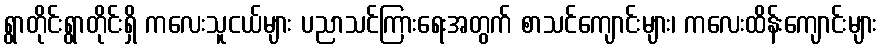
ရွာတိုင်းရွာတိုင်းရှိ ကလေးသူငယ်များ ပညာသင်ကြားရေးအတွက် စာသင်ကျောင်းများ၊ ကလေးထိန်းကျောင်းများ